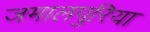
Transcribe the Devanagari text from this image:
जमालपुरिया